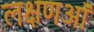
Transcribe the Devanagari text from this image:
लक्षणऑं